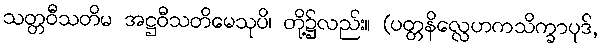
သတ္တဝီသတိမ အဋ္ဌဝီသတိမေသုပိ၊ တို့၌လည်း။ (ပတ္တနိလ္လေဟကသိက္ခာပုဒ်,